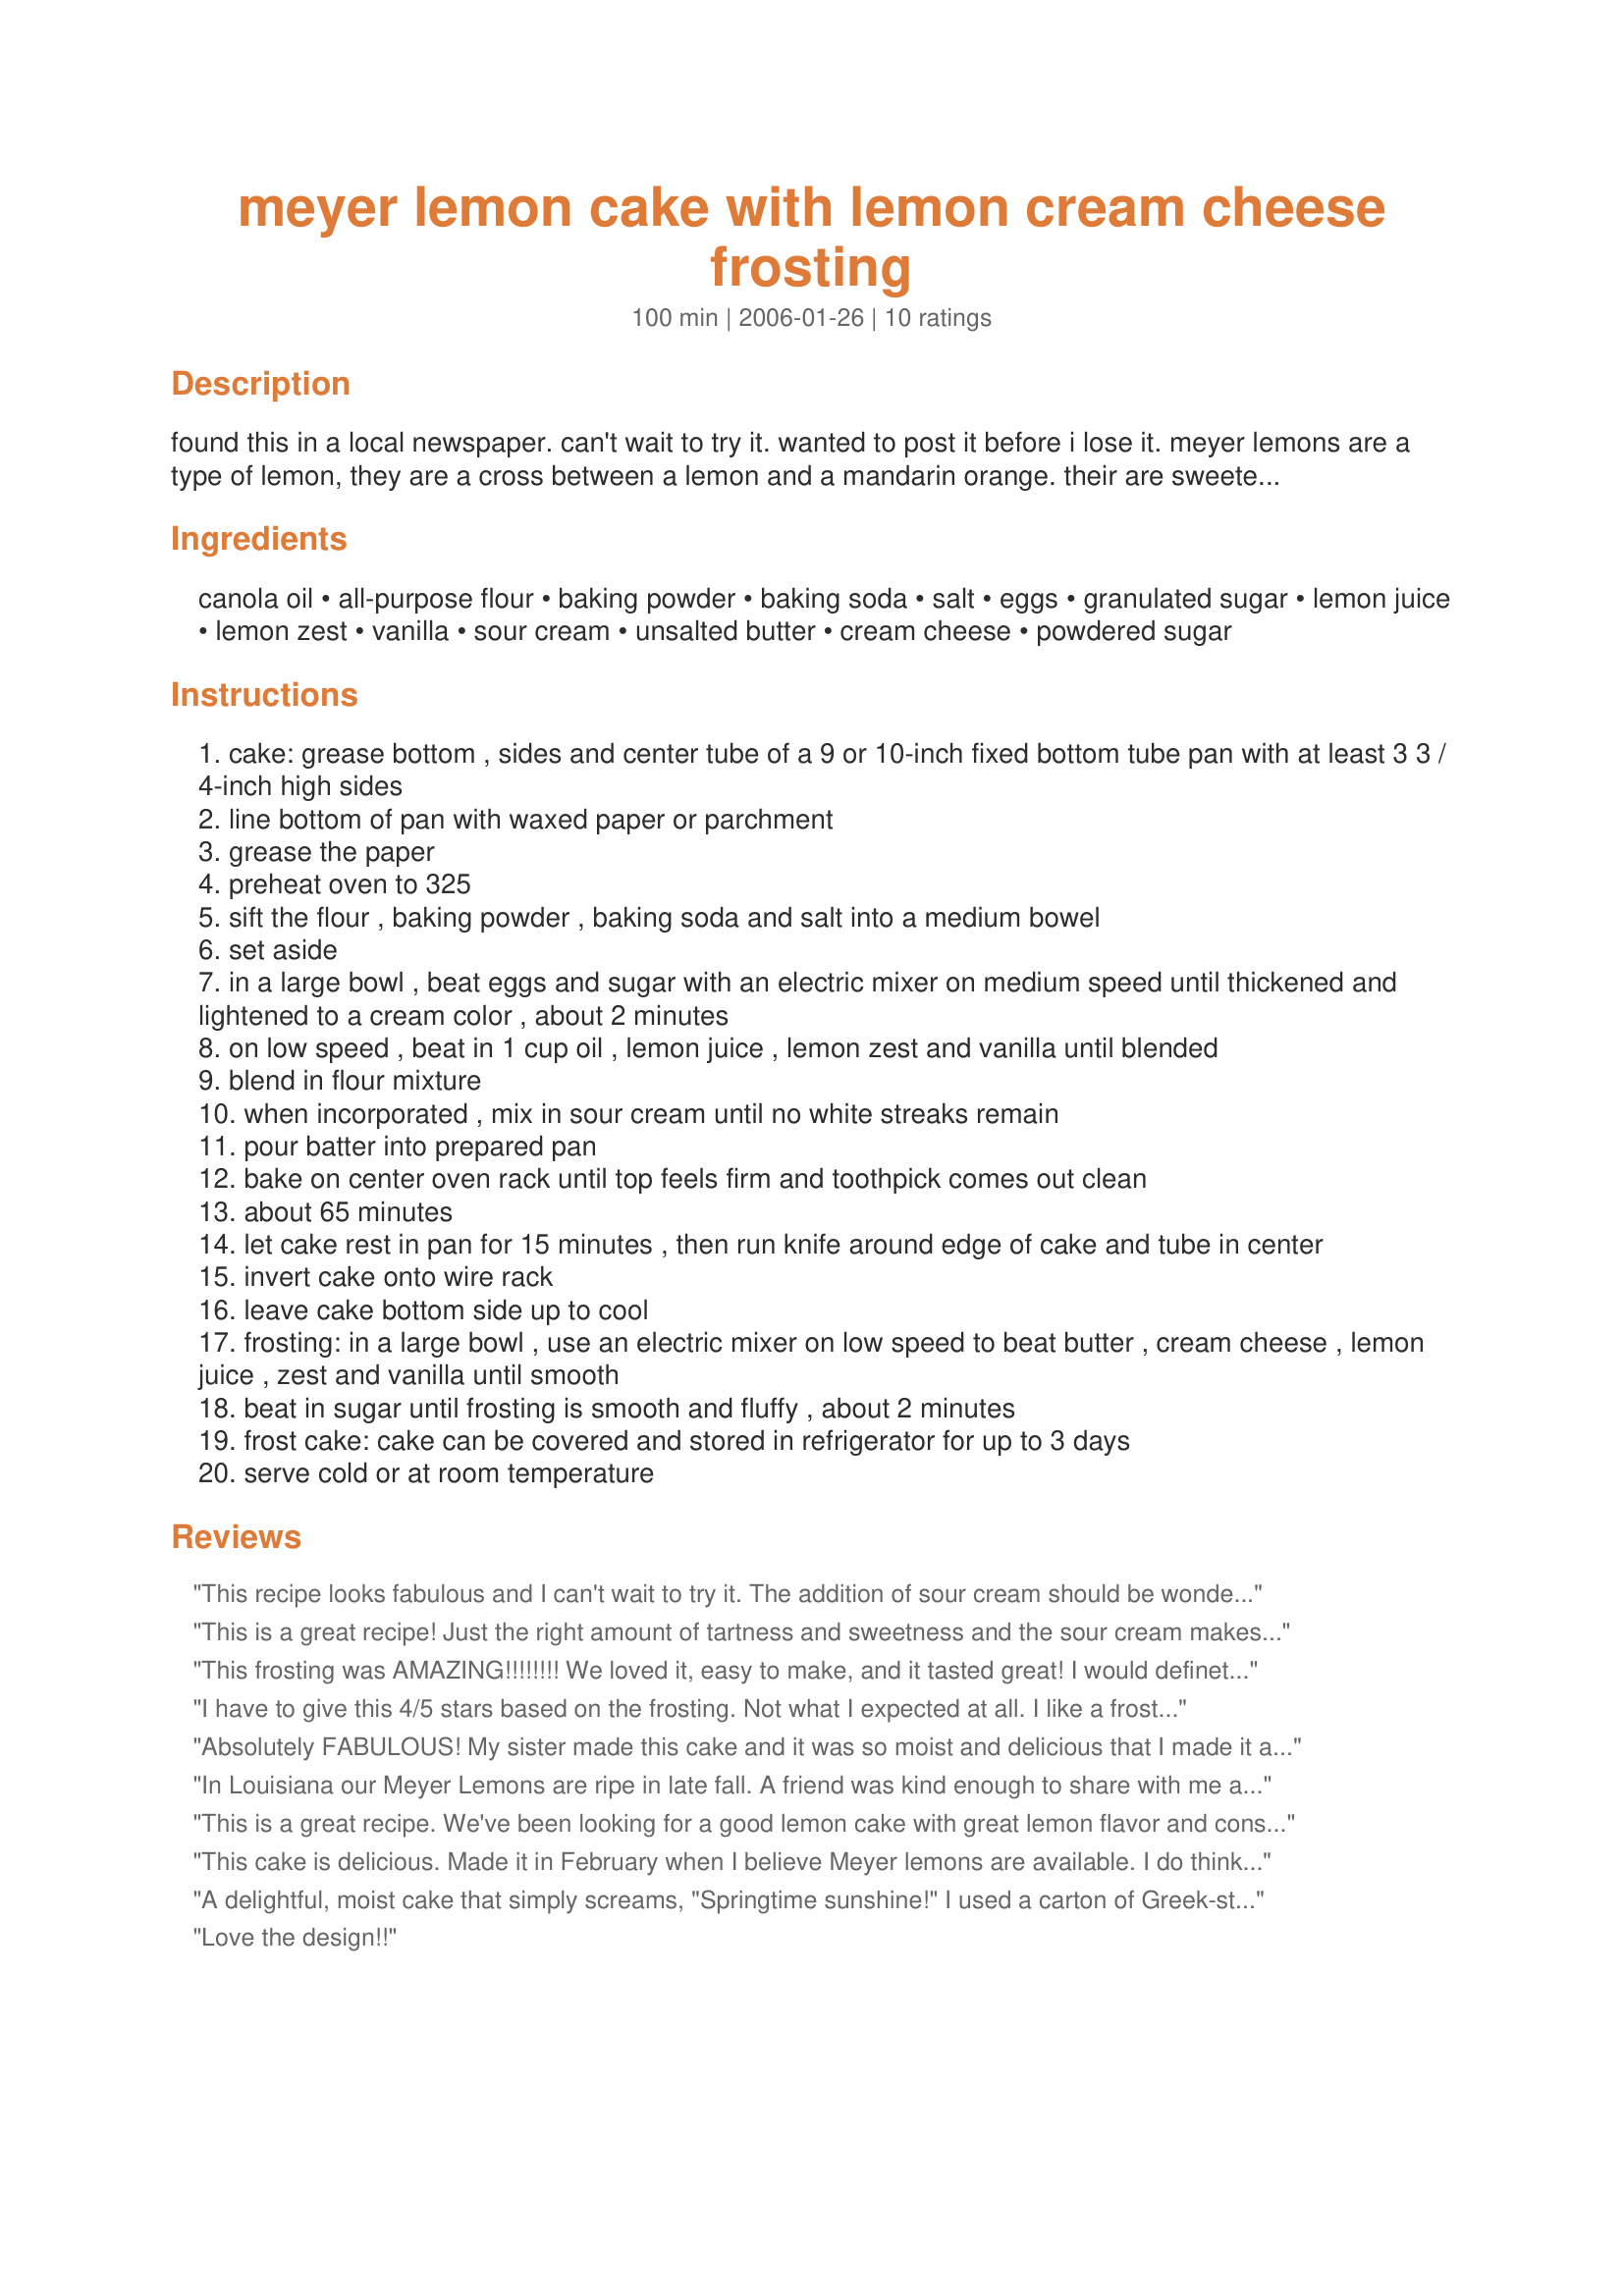
meyer lemon cake with lemon cream cheese frosting
Preparation time: 100 minutes

found this in a local newspaper. can't wait to try it. wanted to post it before i lose it. meyer lemons are a type of lemon, they are a cross between a lemon and a mandarin orange. their are sweeter and a little less acidic flavor. these lemons are from california and are found across the country. look in your grocery stores or specialty stores. whole foods, wild oats, schnucks, dierbergs, and straubs in the midwest. the season runs from november to may. chefs are said to love to cook with these lemons.

Ingredients:
canola oil, all-purpose flour, baking powder, baking soda, salt, eggs, granulated sugar, lemon juice, lemon zest, vanilla, sour cream, unsalted butter, cream cheese, powdered sugar

Steps:
cake: grease bottom , sides and center tube of a 9 or 10-inch fixed bottom tube pan with at least 3 3 / 4-inch high sides
line bottom of pan with waxed paper or parchment
grease the paper
preheat oven to 325
sift the flour , baking powder , baking soda and salt into a medium bowel
set aside
in a large bowl , beat eggs and sugar with an electric mixer on medium speed until thickened and lightened to a cream color , about 2 minutes
on low speed , beat in 1 cup oil , lemon juice , lemon zest and vanilla until blended
blend in flour mixture
when incorporated , mix in sour cream until no white streaks remain
pour batter into prepared pan
bake on center oven rack until top feels firm and toothpick comes out clean
about 65 minutes
let cake rest in pan for 15 minutes , then run knife around edge of cake and tube in center
invert cake onto wire rack
leave cake bottom side up to cool
frosting: in a large bowl , use an electric mixer on low speed to beat butter , cream cheese , lemon juice , zest and vanilla until smooth
beat in sugar until frosting is smooth and fluffy , about 2 minutes
frost cake: cake can be covered and stored in refrigerator for up to 3 days
serve cold or at room temperature

Reviews:
This recipe looks fabulous and I can't wait to try it. The addition of sour cream should be wonderful. I wouldn't hesitate to substitute mascarpone cheese (room temp) in it's place, though. I have in other cakes, muffins and pound cakes instead of sour cream and it's delicious. Doesn't alter the recipe.

I love Meyer lemons, and you're right, chef's do LOVE to cook with them. They hold SO much juice, and they're sweeter than regular lemons. My specialty grocery store here (The Fresh Market) only carries them at certain times of the year (as you indicated), and I always stock up on them when they come in.

I have two container dwarf Meyer lemon trees growing this year. They're inside now, but full of fruit that should be ripe very soon (the blooms smell incredible!). But I'm still stocking up on them in the store while they're there. A little more expensive then regular lemons, but well worth it if you love to cook or bake.

I juice them and freeze their juice in ice cube trays for later use in recipes.

I cut them in half and cut the rounds in half moons and flash freeze them and store them in my freezer in airtight containers. They are great dropped into a Meyer Lemon martini! (or lemonade, if you prefer.)

I make simple syrup with the juice for use in sweetening hot and cold teas and other beverages. The simple syrup would be great to soak this cake with before frosting. Would really give it that extra bump of flavor!

Try making Chicken Picatta with Meyer lemons. Yum!

All in all, to me, the gourmet of lemons.
This is a great recipe! Just the right amount of tartness and sweetness and the sour cream makes the cake so moist. I will be making this again and again!!!!
This frosting was AMAZING!!!!!!!! We loved it, easy to make, and it tasted great! I would definetly make this again!
I have to give this 4/5 stars based on the frosting. Not what I expected at all. I like a frosting that is more of a drizzle when I make a cake in a bundt pan. I had to make a last minute change and put half the frosting in the freezer and cut the other half with milk so that it would have that dripping effect over the cake. <br/><br/>The cake is absolutely delicious and refreshing. This recipe would be wonderful for a tea party or bridal or baby shower. I will definitely make again!
Absolutely FABULOUS! My sister made this cake and it was so moist and delicious that I made it again the very same week. I just had to have more. I made the recipe into cupcakes for a potluck and they were at hit! Perfect lemon flavor.
In Louisiana our Meyer Lemons are ripe in late fall. A friend was kind enough to share with me and I made this cake. I was so impressed with the texture and moistness of this cake! I think it tastes like pound cake. This will be the cake that I make over the holidays and possibly gift to a select group of friends. Absolutely delicious!
This is a great recipe. We've been looking for a good lemon cake with great lemon flavor and consistency. This is it. Thanks for posting!! My husband raved...we'll be keeping this one!
This cake is delicious. Made it in February when I believe Meyer lemons are available. I do think you can use regular lemons just might be a little more of a potent lemon flavor. The cream cheese icing is a delicious addition to this tastwful cake.
A delightful, moist cake that simply screams, "Springtime sunshine!" I used a carton of Greek-style lemon yogurt instead of sour cream, and did a thinner drizzled glaze as another reviewer suggested. Advice: use ONLY Meyer lemons. I think using regular ones would take that "certain something" away from this wonderful recipe...
Love the design!!
